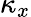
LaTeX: \kappa_{x}